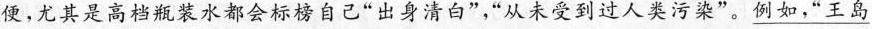
便，尤其是高档瓶装水都会标榜自己“出身清白”，“从未受到过人类污染”。\underline{例如，“王岛}